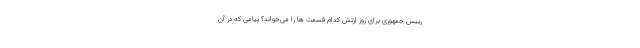
رییس جمهوری برای روز ارتش کدام قسمت ها را می‌خواند؟ پیامی که در آن